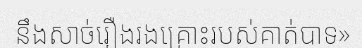
នឹងសាច់រឿងរងគ្រោះរបស់គាត់បាទ»